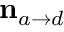
{ \bf n } _ { a \to d }